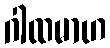
ဂါထမာဟ